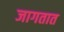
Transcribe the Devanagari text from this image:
जागतात